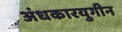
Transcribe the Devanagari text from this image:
अंधकारयुगीन